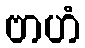
ဗာဟံ